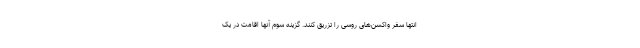
انتها سفر واکسن‌های روسی را تزریق کنند. گزینه سوم آنها اقامت در یک